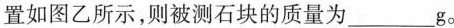
置如图乙所示，则被测石块的质量为___g。